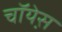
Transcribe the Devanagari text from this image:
चॉयेस़